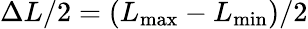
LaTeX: \Delta L/2=(L_{\mathrm{max}}-L_{\mathrm{min}})/2